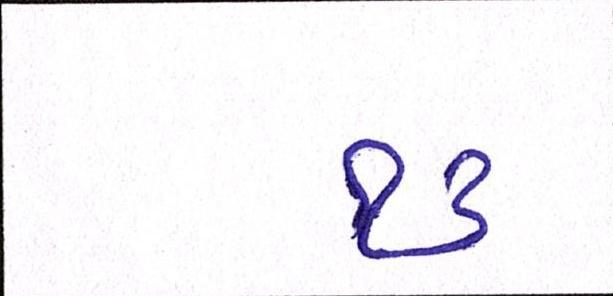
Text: ૧૩